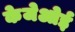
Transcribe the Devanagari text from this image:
केजेओई